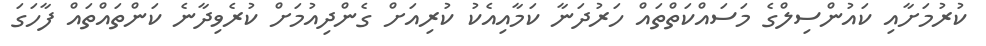
ކުރުމަށާއި ކައުންސިލްގެ މަސައްކަތްތައް ހަރުދަނާ ކަމާއިއެކު ކުރިއަށް ގެންދިއުމަށް ކުރެވިދާނެ ކަންތައްތައް ފާހަގަ